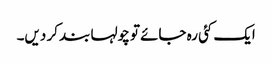
ایک کئی رہ جائے تو چولہا بند کر دیں۔